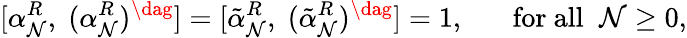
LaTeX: [\alpha_{\mathcal{N}}^{R},\; (\alpha_{\mathcal{N}}^{R})^{\dag}]=[\tilde{{\alpha}}_{\mathcal{N}}^{R},\; (\tilde{{\alpha}}_{\mathcal{N}}^{R})^{\dag}]=1,\; \; \; \; \; \; \mathrm{{for~all}}\; \; \mathcal{N}\geq0,